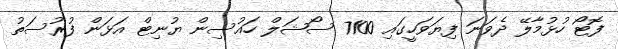
ފޮޓޯ ހުޅުމާލޭ ދެވަނަ ފިޔަވަހީގައި 7100 ސޯޝަލް ހައުސިން ޔުނިޓް އަޅަން ފުރުސަތު